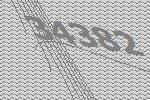
34382